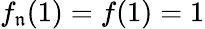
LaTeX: f_{\mathfrak{n}}(1)=f(1)=1